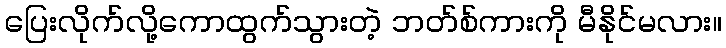
ပြေးလိုက်လို့ကောထွက်သွားတဲ့ ဘတ်စ်ကားကို မီနိုင်မလား။